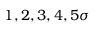
1 , 2 , 3 , 4 , 5 \sigma